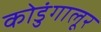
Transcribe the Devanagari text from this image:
कोडुंगालूर